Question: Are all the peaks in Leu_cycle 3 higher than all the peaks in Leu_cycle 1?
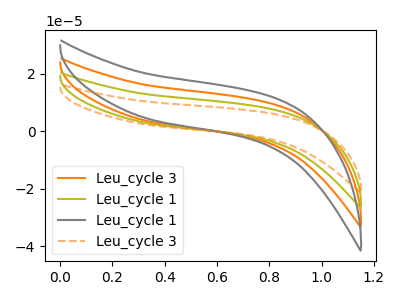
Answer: <think>The orange curve "Leu_cycle 3" has no peaks. The olive curve "Leu_cycle 1" has no peaks. The gray curve "Leu_cycle 1" has no peaks. The orange dashed curve "Leu_cycle 3" has no peaks.</think>
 <answer>Niether CV has any peaks.</answer>
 <eval>blanks</eval>